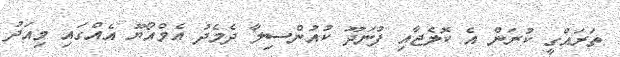
ތަރައްގީ ކުރަން އެ ކޮލެޖާއި ފުނަދޫ ކުއުންސިލާ ދެމެދު އެމްއޯޔޫ އެއްގައި މިއަދު